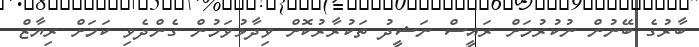
ބާރުގެ ބޭނުން ނުކުރުމަށް ރައީސް ނަޝީދު ތަކުރާރުކޮށް ވިދާޅުވަމުން ގެންދެވި ކަމަށް ރިޔާޒް